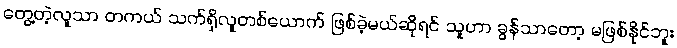
တွေ့တဲ့လူသာ တကယ် သက်ရှိလူတစ်ယောက် ဖြစ်ခဲ့မယ်ဆိုရင် သူဟာ ခွန်သာတော့ မဖြစ်နိုင်ဘူး